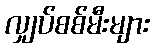
လျှပ်စစ်မီးများ